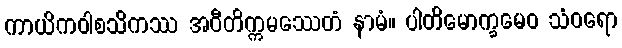
ကာယိကဝါစသိကဿ အဝီတိက္ကမဿေတံ နာမံ။ ပါတိမောက္ခမေဝ သံဝရော